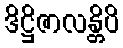
ဒိဋ္ဌိဇာလန္တိပိ